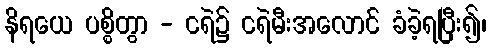
နိရယေ ပစ္စိတွာ - ငရဲ၌ ငရဲမီးအလောင် ခံခဲ့ရပြီး၍၊